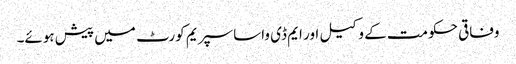
وفاقی حکومت کے وکیل اور ایم ڈی واسا سپریم کورٹ میں پیش ہوئے۔